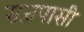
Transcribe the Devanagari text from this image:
राजपासी